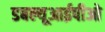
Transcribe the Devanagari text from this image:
डबल्यूआईपीओ